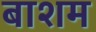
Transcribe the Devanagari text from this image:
बाशम